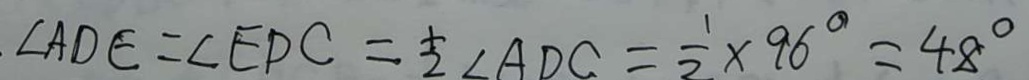
\angle A D E = \angle E D C = \frac { 1 } { 2 } \angle A D C = \frac { 1 } { 2 } \times 9 6 ^ { \circ } = 4 8 ^ { \circ }